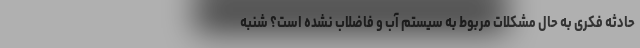
حادثه فکری به حال مشکلات مربوط به سیستم آب و فاضلاب نشده است؟ شنبه